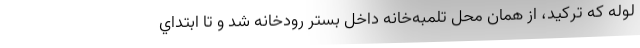
لوله كه تركيد، از همان محل تلمبه‌خانه داخل بستر رودخانه شد و تا ابتداي